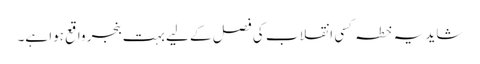
شاید یہ خطہ کسی انقلاب کی فصل کے لیے بہت بنجر واقع ہوا ہے۔